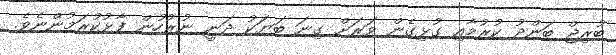
ބުރިޖް ބަންދު ކުރުމާއި ގުޅިގެން ވަރަށް ގިނަ ބަޔަކު ދަނީ ނުރުހުން ފާޅުކުރަމުންނެވެ.